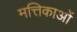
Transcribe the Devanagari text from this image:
मत्तिकाओं